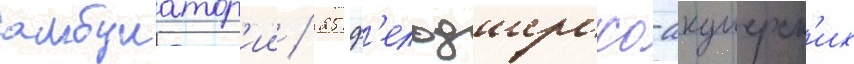
амбулатор'ии / 25 ф'ельдшерско-акушерск'их